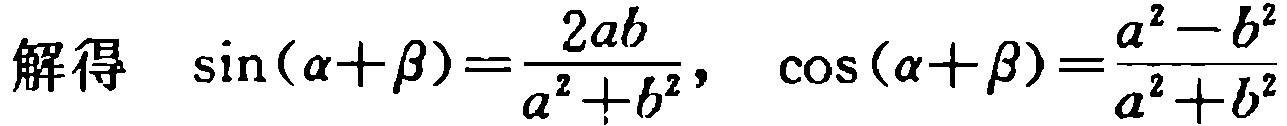
解得 \(\sin(\alpha+\beta)=\frac{2ab}{a^{2}+b^{2}}\)， \(\cos(\alpha+\beta)=\frac{a^{2}-b^{2}}{a^{2}+b^{2}}\)